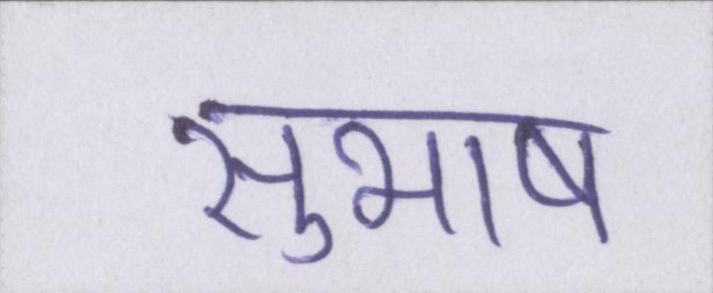
सुभाष